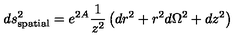
d s _ { \mathrm { s p a t i a l } } ^ { 2 } = e ^ { 2 A } \frac { 1 } { z ^ { 2 } } \left( d r ^ { 2 } + r ^ { 2 } d \Omega ^ { 2 } + d z ^ { 2 } \right)